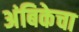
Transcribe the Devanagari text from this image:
अंबिकेचा